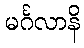
မင်္ဂလာနိ